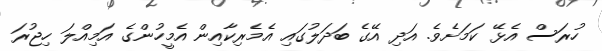
ހުރަސް އެޅޭ ކަމަށެވެ. އަދި އޭގެ ބަދަލުގައި އެމެރިކާއިން އެމީހުންގެ އަމިއްލަ ހިޖުރަ